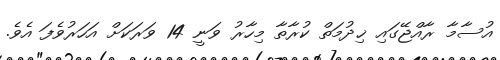
އުސާމާ ރާއްޖޭގައި ޚިދުމަތް ކުރާތާ މިހާރު ވަނީ 14 ވަރަކަށް އަހަރުވެފަ އެވެ.